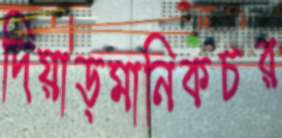
দিয়াড়মানিকচর